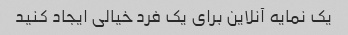
یک نمایه آنلاین برای یک فرد خیالی ایجاد کنید